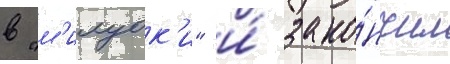
в "м'илуок'и" и́ зако́нчил